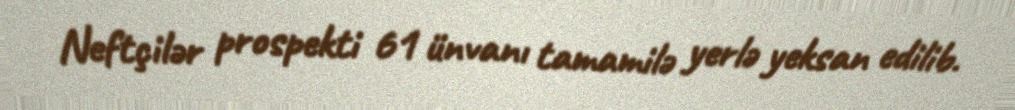
Neftçilər prospekti 61 ünvanı tamamilə yerlə yeksan edilib.